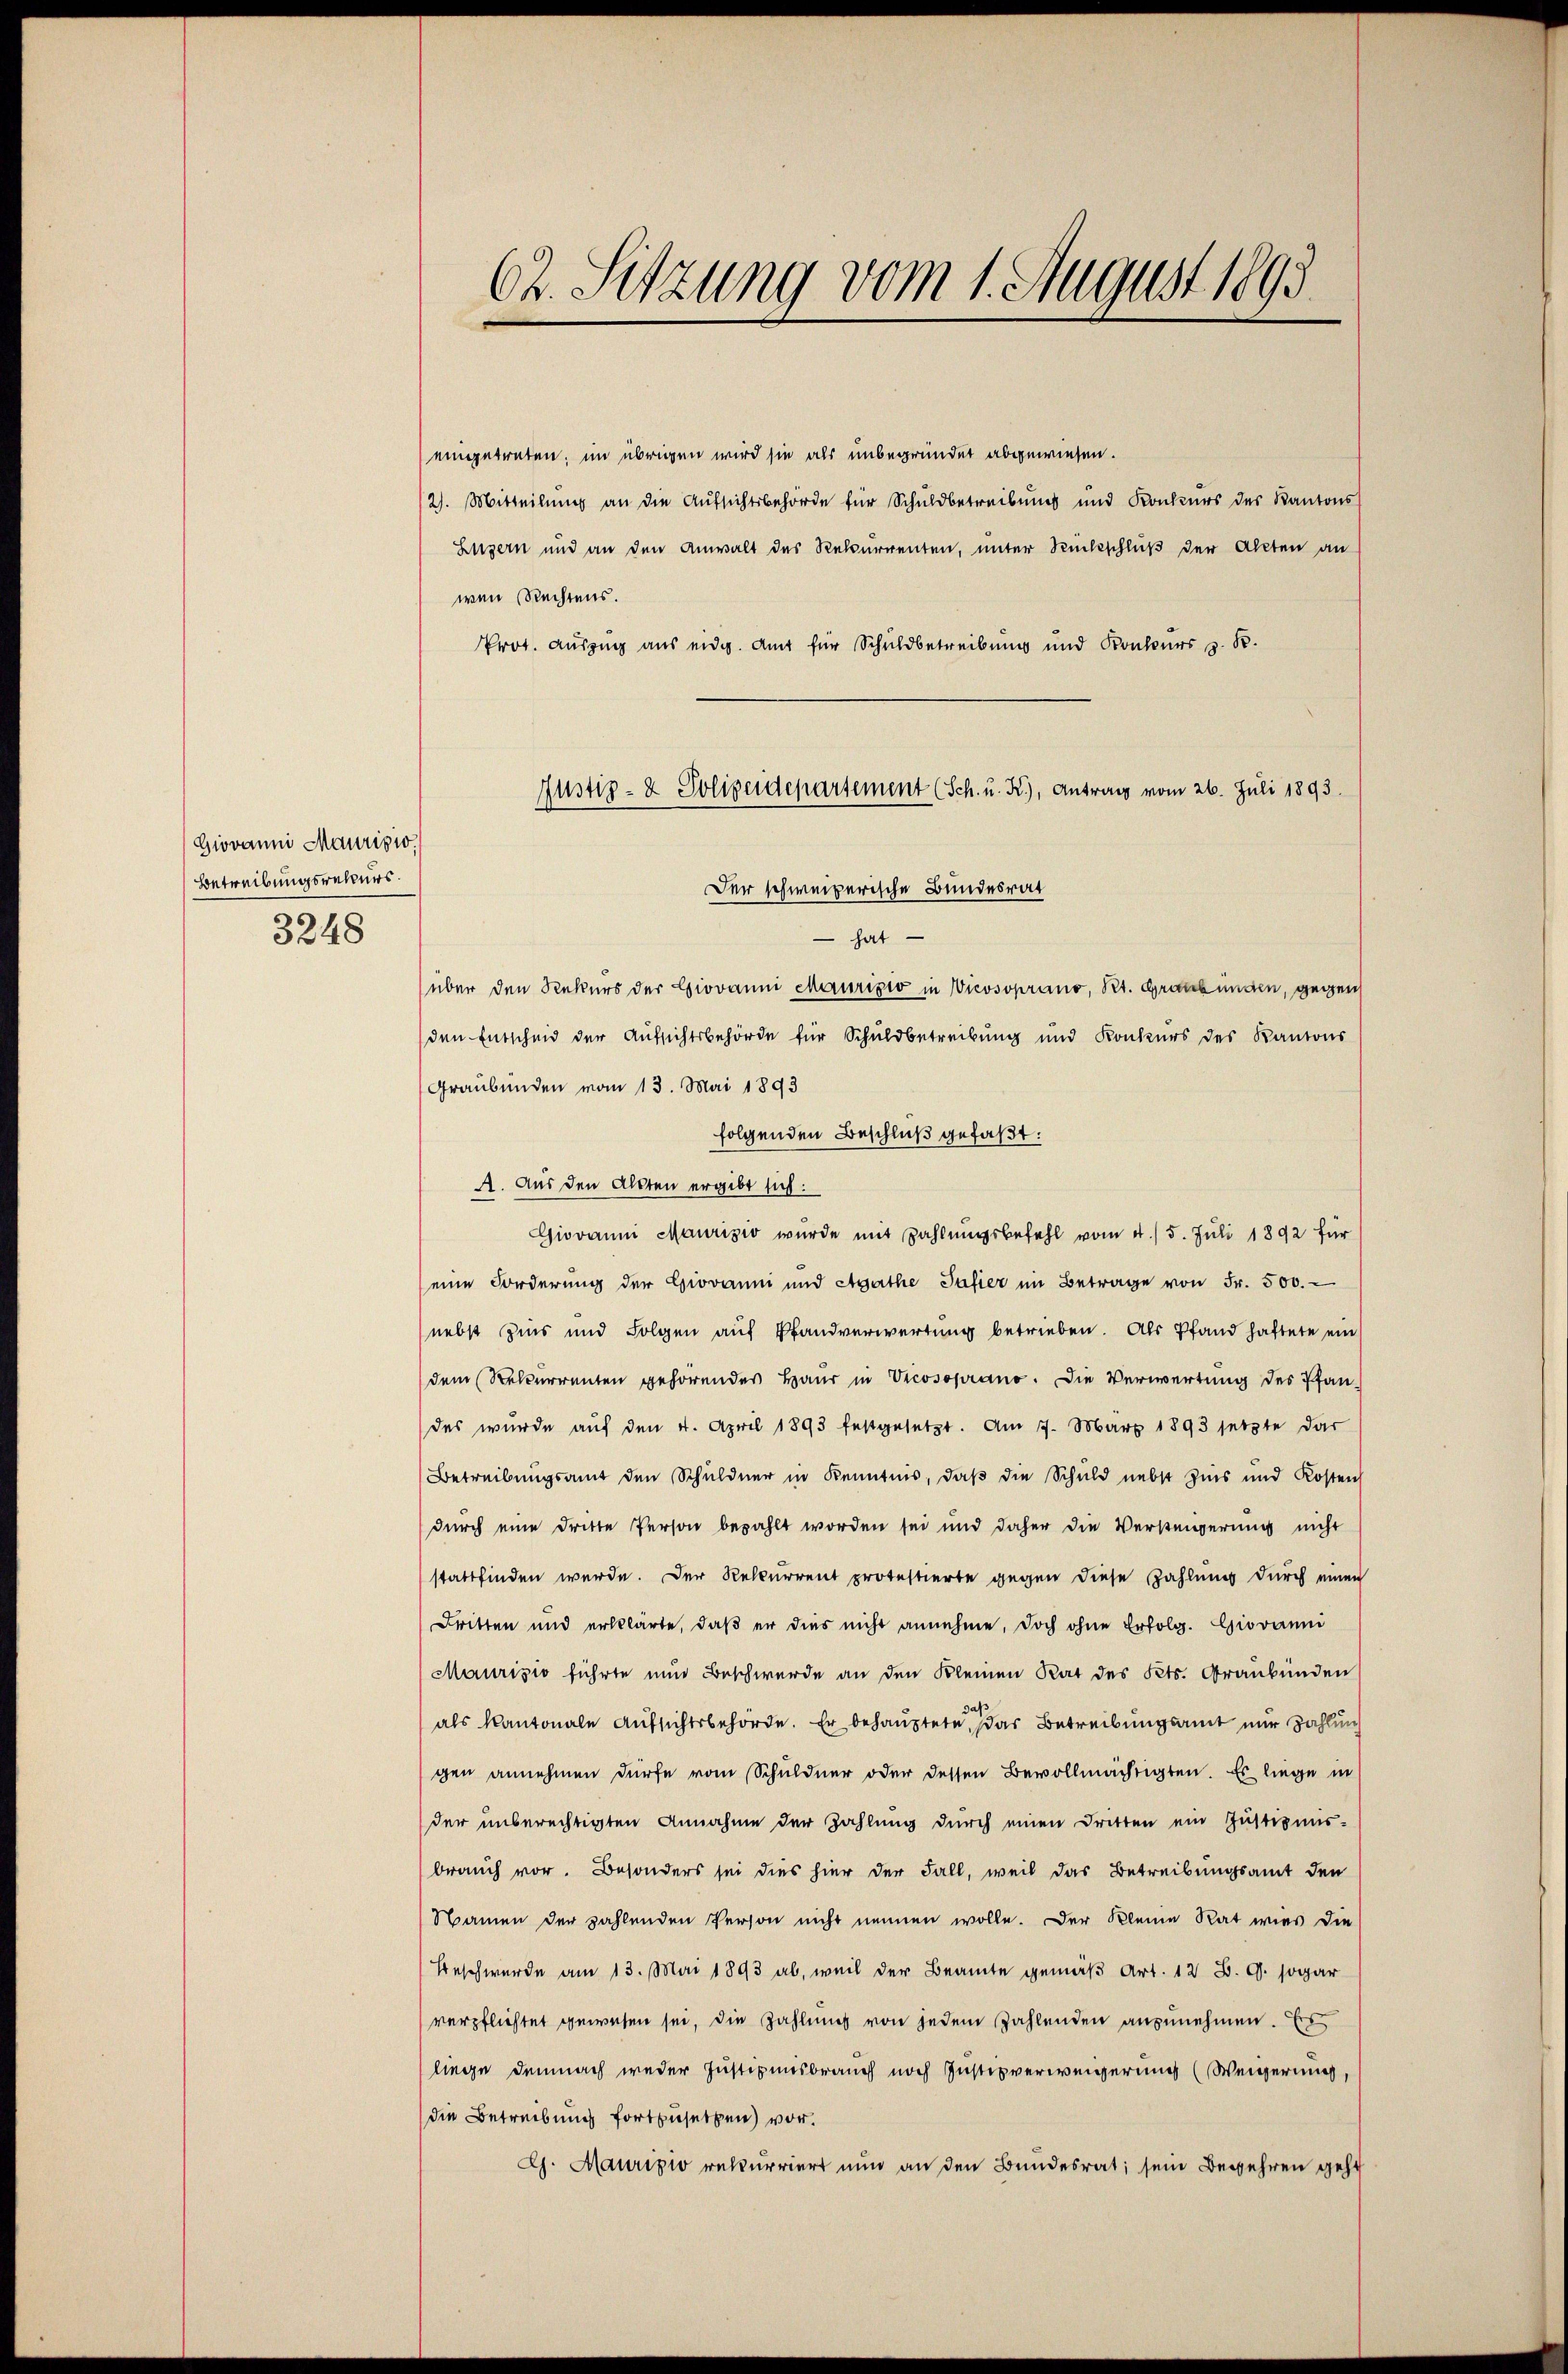
Giovanni Mauripio.
Betreibungsrekurs.
3248

62. Sitzung vom 1. August 1893

eingetreten; im übrigen wird sie als unbegründet abgewiesen.
/2. Mitteilung an die Aufsichtsbehörde für Schuldbetreibung und Konkurs des Kantons
Luzern und an den Anwalt des Rekurrenten, unter Rückschluß der Akten an
wenn Rechtens.
Prot. Auszug aus eidg. Amt für Schuldbetreibung und Kontours z. B.
Der schweizerische Bundesrat
 hat
über den Rekurs der Giovanni Maurizio in Vicosoprano, Pet. Graubünden, gegen
den Entscheid der Aufsichtsbehörde für Schuldbetreibung und Konkurs des Kantons
Graubünden vom 13. Mai 1893
folgenden Beschluß gefaßt:
A. Aus den Alten ergibt sich:
Giovanni Maurizio wurde mit Zahlŭngsbefehl vom 4./5. Juli 1892 für
eine Forderung der Giovanni und Agathe Safier im Betrage von Fr. 500.
nebst Zins und Folgen auf Pfandverwertung betrieben. Als Pfand haftete ein
dem Rekurrenten gehörendes Haus in Vicosoprano. Die Verwertung des Pfan-
des wurde aŭf den 4. April 1893 festgesetzt. Am 7. März 1893 setzte dar
Betreibungsamt den Schuldner in Kenntnis, daß die Schuld nebst Zins und Kosten
durch eine dritte Person bezahlt worden sei und daher die Versteuerung nicht
stattfinden werde. Der Rekurrent protestierte gegen diese Zahlung durch einen
Britten und erklärte, daβ er dies nicht annehme, doch ohne Erfolg. Giovanni
Maurisio führte nun Beschwerde an den Kleinen Rat des Kts. Graubünden
das
als Kantonale Aufsichtsbehörde. Er behauptete, das Betreibungsamt nur Zahlung
gen annehmen dürfe vom Schuldner oder dessen Bevollmächtigten. Es liege in
der unberechtigten Annahme der Zahlung durch einen Dritten ein Justizmis-
brauch vor. Besonders sei dies hier der Fall, weil das Betreibungsamt den
Namen der zahlenden Person nicht nennen wolle. Der Kleine Rat wies die
Beschwerde am 13. Mai 1893 ab, weil der Beamte gemäß Art. 12 B. G. sogar
verpflichtet gewesen sei, die Zahlung von jedem Zahlenden anzunehmen. Es
liege demnach weder Justizensbrauch noch Justizverweigerung (Weigerung,
die Betreibung fortzusetzen) vor.
Ch. Mauripio rekurriert nun an den Bundesrat; sein Begehren geht

Justiz- & Polizeidepartement (Sch. u. K.), Antrag vom 26. Juli 1893.